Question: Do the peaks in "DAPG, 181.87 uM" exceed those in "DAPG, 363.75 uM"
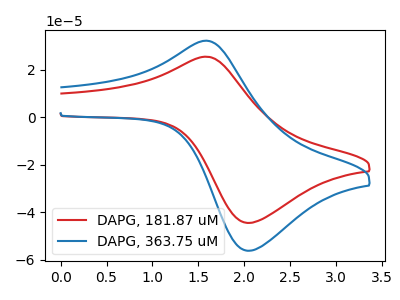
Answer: <think>The red curve "DAPG, 181.87 uM" has an anodic peak at (1.55V, 25.45uA) and a cathodic peak at (2.05V, -44.45uA). The blue curve "DAPG, 363.75 uM" has an anodic peak at (1.55V, 32.15uA) and a cathodic peak at (2.05V, -56.10uA).</think>
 <answer>Every peak in "DAPG, 181.87 uM" is lower than every peak in "DAPG, 363.75 uM".</answer>
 <eval>lower</eval>